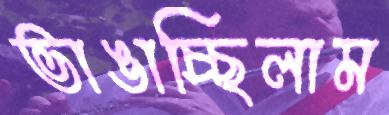
ভাঙাচ্ছিলাম